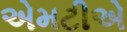
એમટીએ